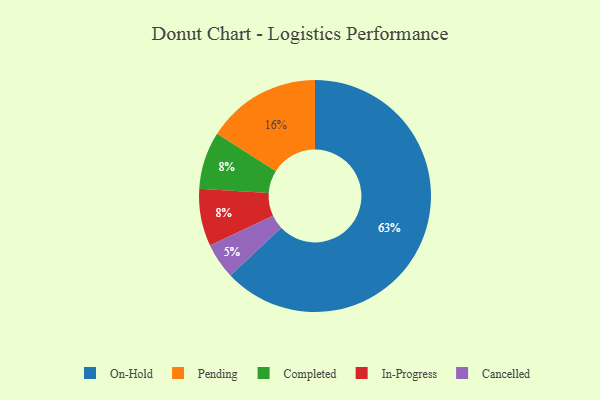
{"axis": {"x": "Category", "y": "Percentage"}, "legend": ["Cancelled", "Completed", "In-Progress", "On-Hold", "Pending"], "data": [{"x": "On-Hold", "y": 63, "type": "On-Hold"}, {"x": "Cancelled", "y": 5, "type": "Cancelled"}, {"x": "Completed", "y": 8, "type": "Completed"}, {"x": "In-Progress", "y": 8, "type": "In-Progress"}, {"x": "Pending", "y": 16, "type": "Pending"}]}